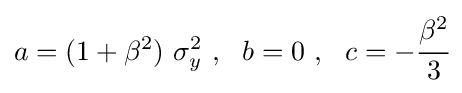
a=(1+\beta ^{2})~\sigma _{y}^{2}~,~~b=0~,~~c=-{\cfrac {\beta ^{2}}{3}}